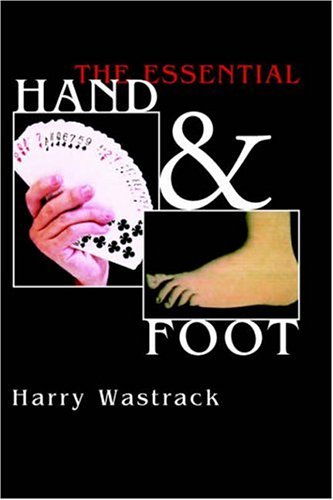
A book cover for The Essential Hand & Foot; Harry Wastrack; Humor & Entertainment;